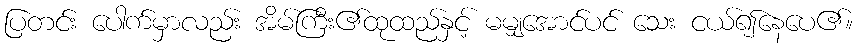
ပြတင်း ပေါက်မှာလည်း အိမ်ကြီး၏ထုထည်နှင့် မမျှအောင်ပင် သေး ငယ်၍နေပေ၏။